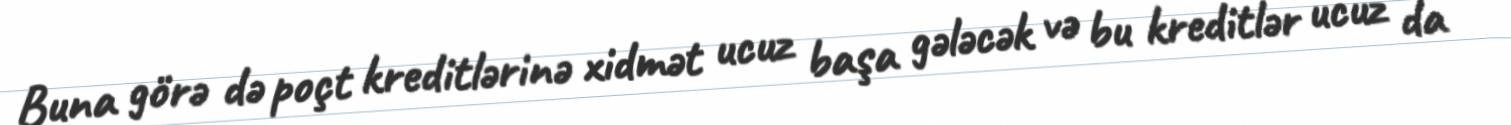
Buna görə də poçt kreditlərinə xidmət uсuz başa gələсək və bu kreditlər uсuz da